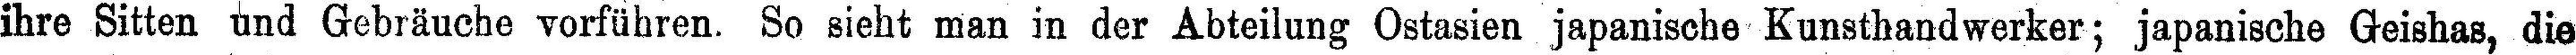
ihre Sitten und Gebräuche vorführen. So sieht man in der Abteilung Ostasien japanische Kunsthandwerker; japanische Geishas, die